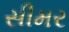
સીમર